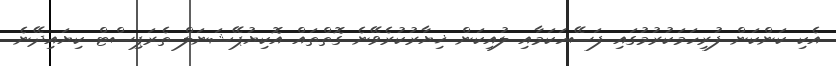
އެކި ކަންކަން ފުރިހަމަކުރުމުގައި ފަސޭހަކަމާއި ލުއިކަން ޚިޔާރުކުރެވޭނެ ގޮތްތައް އޮކިޔުޕޭޝަނަލް ތެރަޕިސްޓް ކިޔައިދޭނެ